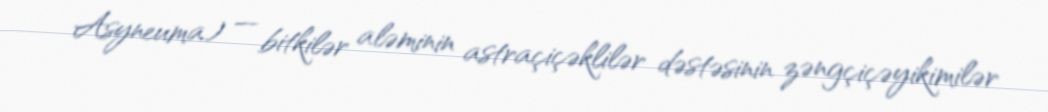
Asyneuma) — bitkilər aləminin astraçiçəklilər dəstəsinin zəngçiçəyikimilər